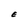
Character: E